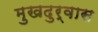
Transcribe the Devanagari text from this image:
मुखदुर्वास